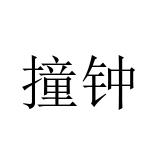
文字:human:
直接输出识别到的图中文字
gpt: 撞钟